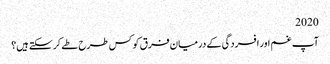
2020
آپ غم اور افسردگی کے درمیان فرق کو کس طرح طے کرسکتے ہیں؟